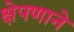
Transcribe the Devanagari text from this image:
क्षेपणाने